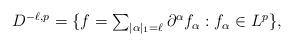
LaTeX: \begin{align*}\left. \begin{array}{c}D^{-\ell ,p}=\{f=\sum_{|\alpha |_{1}=\ell }\partial ^{\alpha }f_{\alpha}:f_{\alpha }\in L^{p}\},\end{array}\right. \end{align*}